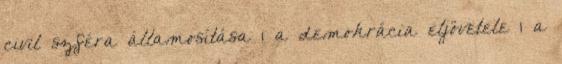
civil szféra államosítása 1 a demokrácia eljövetele 1 a